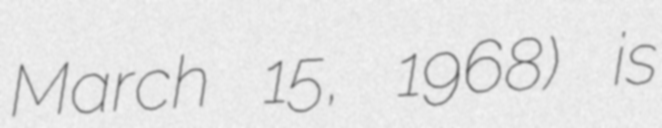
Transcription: March 15, 1968) is